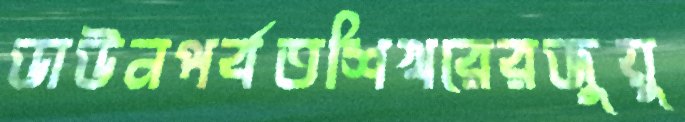
ডাউনপর্বতশিখরেরজুয়ু